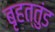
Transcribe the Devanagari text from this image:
बृहत्तुंड